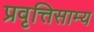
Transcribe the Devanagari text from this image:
प्रवृत्तिसाम्य